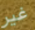
غير